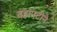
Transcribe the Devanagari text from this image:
दहापटीने